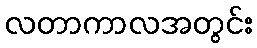
လတာကာလအတွင်း